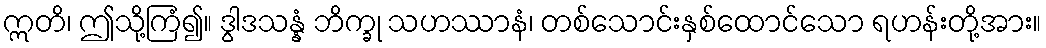
ဣတိ၊ ဤသို့ကြံ၍။ ဒွါဒသန္နံ ဘိက္ခု သဟဿာနံ၊ တစ်သောင်းနှစ်ထောင်သော ရဟန်းတို့အား။